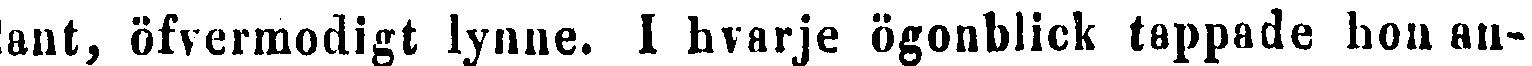
ant, öfvermodigt lynne. I hvarje ögonblick tappade hon an-